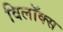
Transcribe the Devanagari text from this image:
विलॉक्स